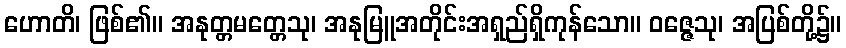
ဟောတိ၊ ဖြစ်၏။ အနုတ္တမတ္တေသု၊ အနုမြူအတိုင်းအရှည်ရှိကုန်သော။ ဝဇ္ဇေသု၊ အပြစ်တို့၌။